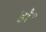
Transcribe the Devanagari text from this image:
हो॰